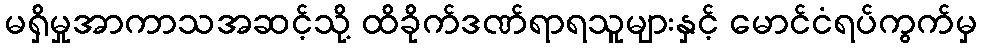
မရှိမှုအာကာသအဆင့်သို့ ထိခိုက်ဒဏ်ရာရသူများနှင့် မောင်ငံရပ်ကွက်မှ